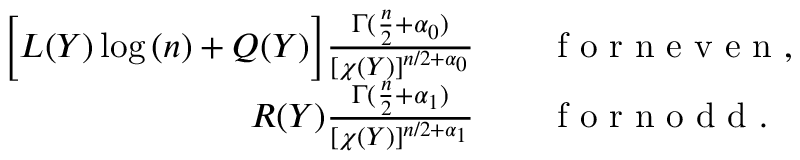
\begin{array} { r l } { \Big [ L ( Y ) \log { ( n ) } + Q ( Y ) \Big ] \frac { \Gamma ( \frac { n } { 2 } + \alpha _ { 0 } ) } { [ \chi ( Y ) ] ^ { n / 2 + \alpha _ { 0 } } } } & { { } \quad \mathrm { ~ f ~ o ~ r ~ n ~ e ~ v ~ e ~ n ~ } , } \\ { R ( Y ) \frac { \Gamma ( \frac { n } { 2 } + \alpha _ { 1 } ) } { [ \chi ( Y ) ] ^ { n / 2 + \alpha _ { 1 } } } } & { { } \quad \mathrm { ~ f ~ o ~ r ~ n ~ o ~ d ~ d ~ } . } \end{array}